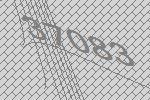
37083